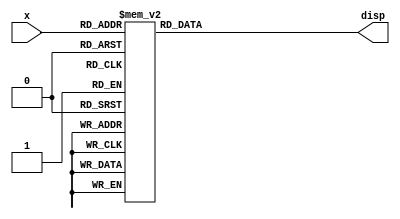
module seg7(output reg [6:0]disp, input [3:0] x);
    
    always @(*)
    begin
        case (x)
            4'b0000:  	                //Hexadecimal 0
                disp = 7'b1000000;
            4'b0001:	                //Hexadecimal 1
                disp = 7'b1111001;
            4'b0010:                   //Hexadecimal 2
                disp = 7'b0100100;
            4'b0011:                   //Hexadecimal 3
                disp = 7'b0110000;
            4'b0100:                   //Hexadecimal 4
                disp = 7'b0011001;
            4'b0101:                   //Hexadecimal 5
                disp = 7'b0010010; 
            4'b0110:                   //Hexadecimal 6
                disp = 7'b0000010;
            4'b0111:                   //Hexadecimal 7
                disp = 7'b1111000;
            4'b1000: 	                //Hexadecimal 8
                disp = 7'b0000000;
            4'b1001:	                //Hexadecimal 9
                disp = 7'b0011000;
            4'b1010:                   //Hexadecimal A
                disp = 7'b0001000;
            4'b1011:                   //Hexadecimal B
                disp = 7'b0000011;
            4'b1100:                   //Hexadecimal C
                disp = 7'b1000110;
            4'b1101:                   //Hexadecimal D
                disp = 7'b0100001;
            4'b1110:                   //Hexadecimal E
                disp = 7'b0000110;
            4'b1111:                   //Hexadecimal F
                disp = 7'b0001110;
            default:
                disp = 7'b00000000;
        endcase
    end
endmodule